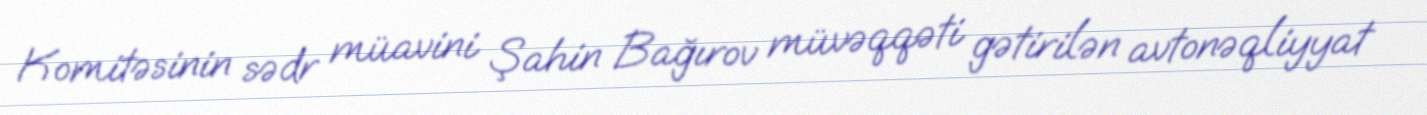
Komitəsinin sədr müavini Şahin Bağırov müvəqqəti gətirilən avtonəqliyyat